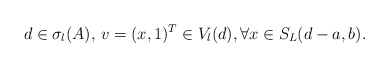
\begin{align*} d\in \sigma_l(A),\,v=(x,1)^T\in V_l(d), \forall x\in S_L(d-a,b).\end{align*}